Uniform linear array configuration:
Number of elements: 12
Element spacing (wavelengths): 0.25
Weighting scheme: blackman
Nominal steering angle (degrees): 60
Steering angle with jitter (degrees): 59.026
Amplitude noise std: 0.05
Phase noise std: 0.05

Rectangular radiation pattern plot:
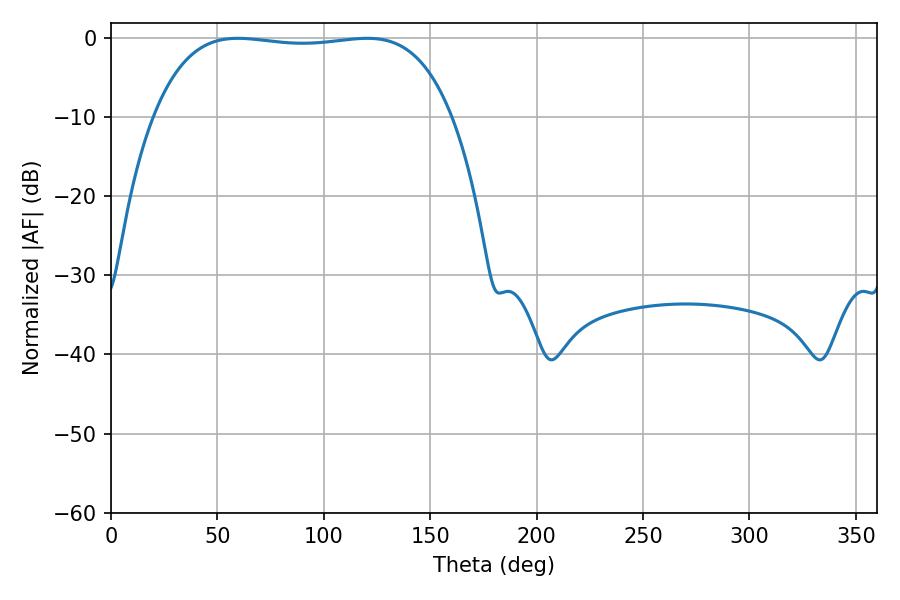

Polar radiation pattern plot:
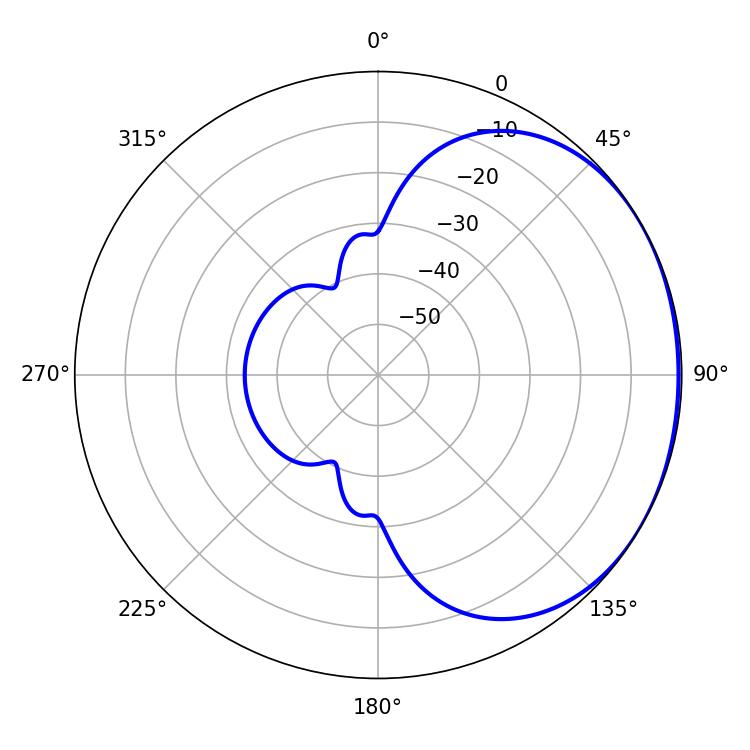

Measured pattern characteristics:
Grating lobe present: FALSE
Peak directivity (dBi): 1.104
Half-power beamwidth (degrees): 110.88
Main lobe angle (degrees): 59.58